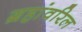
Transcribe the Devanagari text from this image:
ग्रहांवरिल